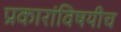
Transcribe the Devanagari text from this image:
प्रकारांविषयीच